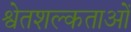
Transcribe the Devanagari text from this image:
श्वेतशल्कताओं